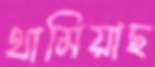
থামিয়াছ